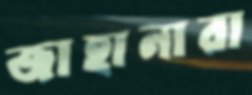
জাহানারা